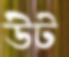
উট